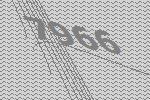
7966